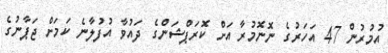
އުމުރުން 47 އަހަރުގެ ނޮނޮމުރާ އަށް ކޮރަޕްޝަންގެ ދައުވާ އުފުލާނެ ކަމަށް ޖަޕާނުގެ